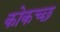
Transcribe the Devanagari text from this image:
कोकच्छ